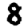
Digit: 8